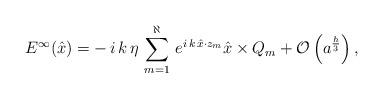
LaTeX: \begin{align*}E^\infty(\hat{x}) = - \, i \, k \, \eta \, \sum_{m=1}^{\aleph} \, e^{i \, k \, \hat{x} \cdot z_{m}} \hat{x}\times Q_m+\mathcal{O}\left(a^{\frac{h}{3}}\right),\end{align*}